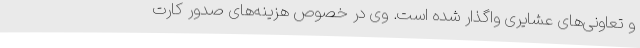
و تعاونی‌های عشایری واگذار شده است. وی در خصوص هزینه‌های صدور کارت